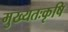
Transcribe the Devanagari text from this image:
मुख्यतःकृषि